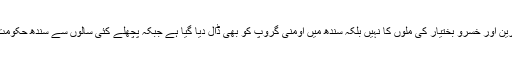
اب معاملہ صرف جہانگیر ترین اور خسرو بختیار کی ملوں کا نہیں بلکہ سندھ میں اومنی گروپ کو بھی ڈال دیا گیا ہے جبکہ پچھلے کئی سالوں سے سندھ حکومت نے کوئی سبسڈی نہیں دی۔